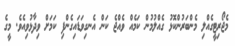
މެޖޯރިޓީގެއްލި މެންބަރުންކޮޅު ގެއްލުމުން ކަމެއް ވެއްޖެ ކަން އެނގިވަޑައިގެންފި ކަމަށް ވިދާޅުވިއެވެ. މީގެ